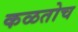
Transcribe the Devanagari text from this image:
कळतोच